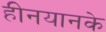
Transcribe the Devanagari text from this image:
हीनयानके